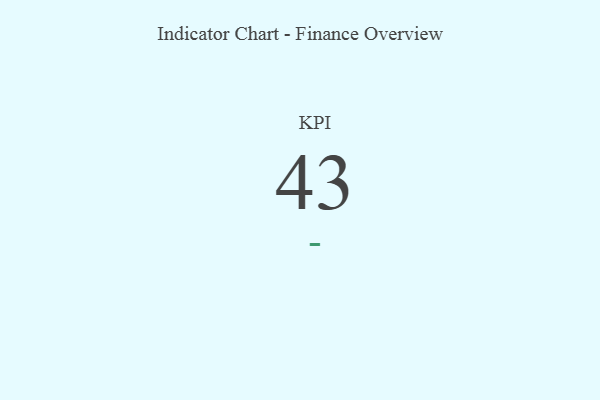
{"axis": {"x": "KPI", "y": "Value"}, "legend": [""], "data": [{"x": "KPI", "y": 43, "type": ""}]}